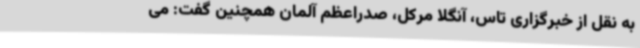
به نقل از خبرگزاری تاس، آنگلا مرکل، صدراعظم آلمان همچنین گفت: می‌